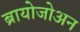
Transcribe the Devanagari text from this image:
ब्रायोजोअन